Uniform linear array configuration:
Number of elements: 4
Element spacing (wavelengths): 0.75
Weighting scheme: cosine
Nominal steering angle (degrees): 15
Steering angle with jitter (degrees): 16.756
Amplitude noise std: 0.05
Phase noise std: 0.05

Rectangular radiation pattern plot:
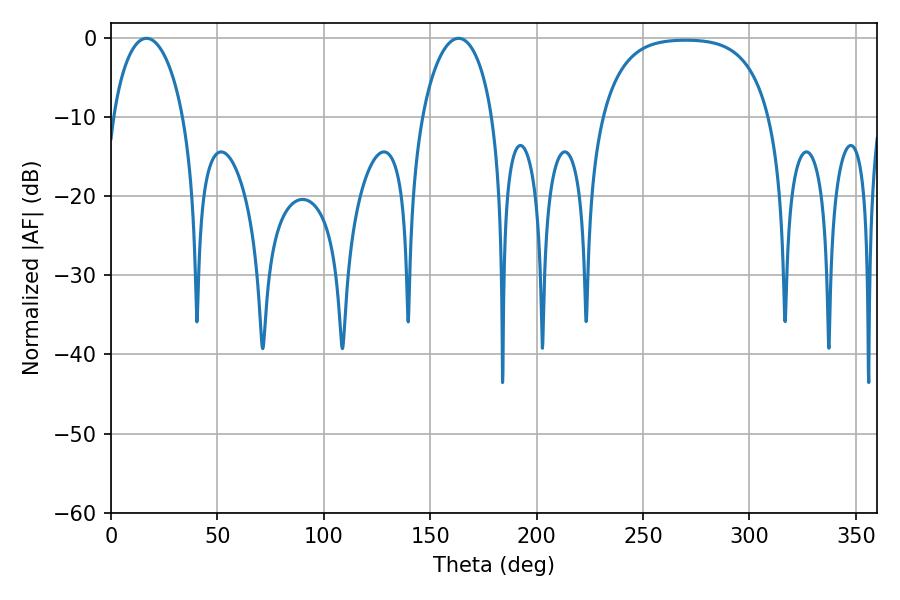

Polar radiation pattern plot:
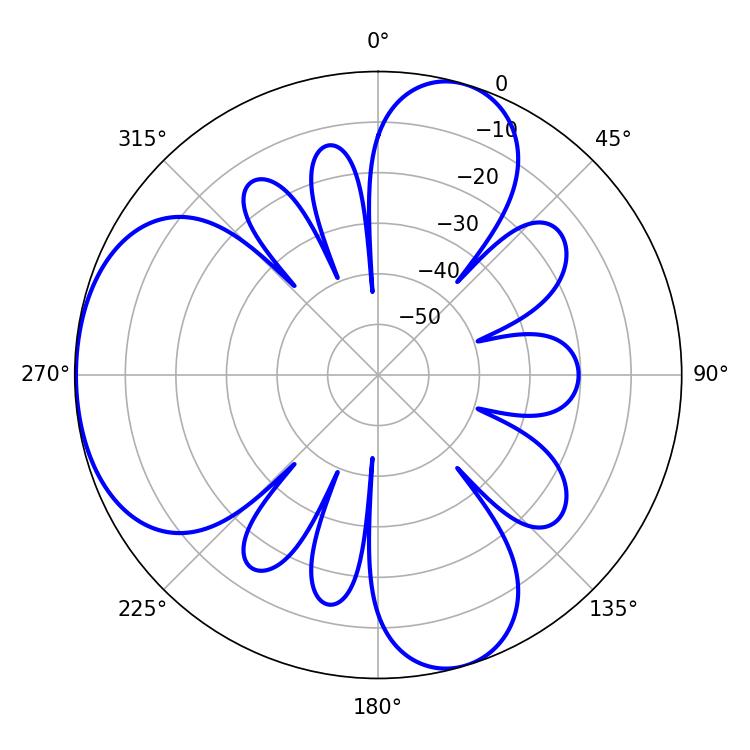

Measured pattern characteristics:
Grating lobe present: TRUE
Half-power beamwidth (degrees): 19.08
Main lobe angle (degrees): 16.74